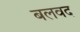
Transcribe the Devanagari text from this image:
बलवद